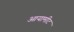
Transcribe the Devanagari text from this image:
आयामीट